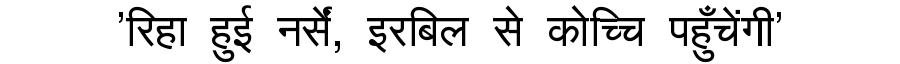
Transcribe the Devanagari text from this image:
'रिहा हुई नर्सें, इरबिल से कोच्चि पहुँचेंगी'